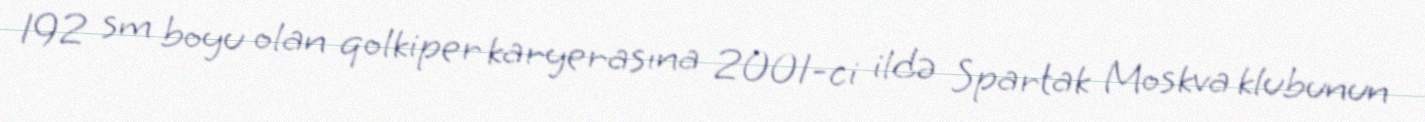
192 sm boyu olan qolkiper karyerasına 2001-ci ildə Spartak Moskva klubunun